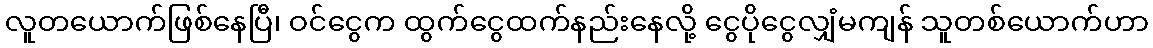
လူတယောက်ဖြစ်နေပြီ၊ ဝင်ငွေက ထွက်ငွေထက်နည်းနေလို့ ငွေပိုငွေလျှံမကျန် သူတစ်ယောက်ဟာ